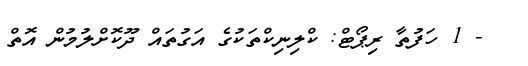
- 1 ހަފުތާ ރިޕޯޓް: ކްލިނިކްތަކުގެ އަގުތައް ދޫކޮށްލުމުން އޮތް